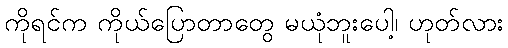
ကိုရင်က ကိုယ်ပြောတာတွေ မယုံဘူးပေါ့၊ ဟုတ်လား